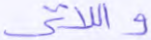
واللاتي